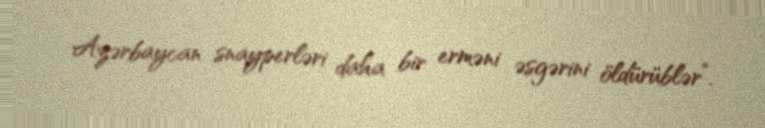
Azərbaycan snayperləri daha bir erməni əsgərini öldürüblər”.